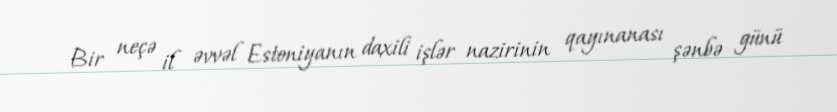
Bir neçə il əvvəl Estoniyanın daxili işlər nazirinin qayınanası şənbə günü